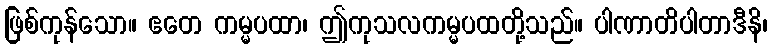
ဖြစ်ကုန်သော။ ဧတေ ကမ္မပထာ၊ ဤကုသလကမ္မပထတို့သည်။ ပါဏာတိပါတာဒီနိ၊